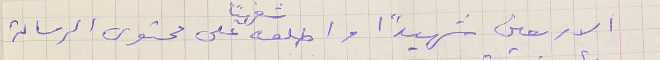
الاربعين شهيدًا واطلعهُ شفهيًا على محتوى الرسالة